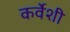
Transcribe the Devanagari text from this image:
कर्वेशी